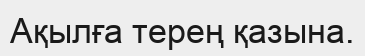
Ақылға терең қазына.